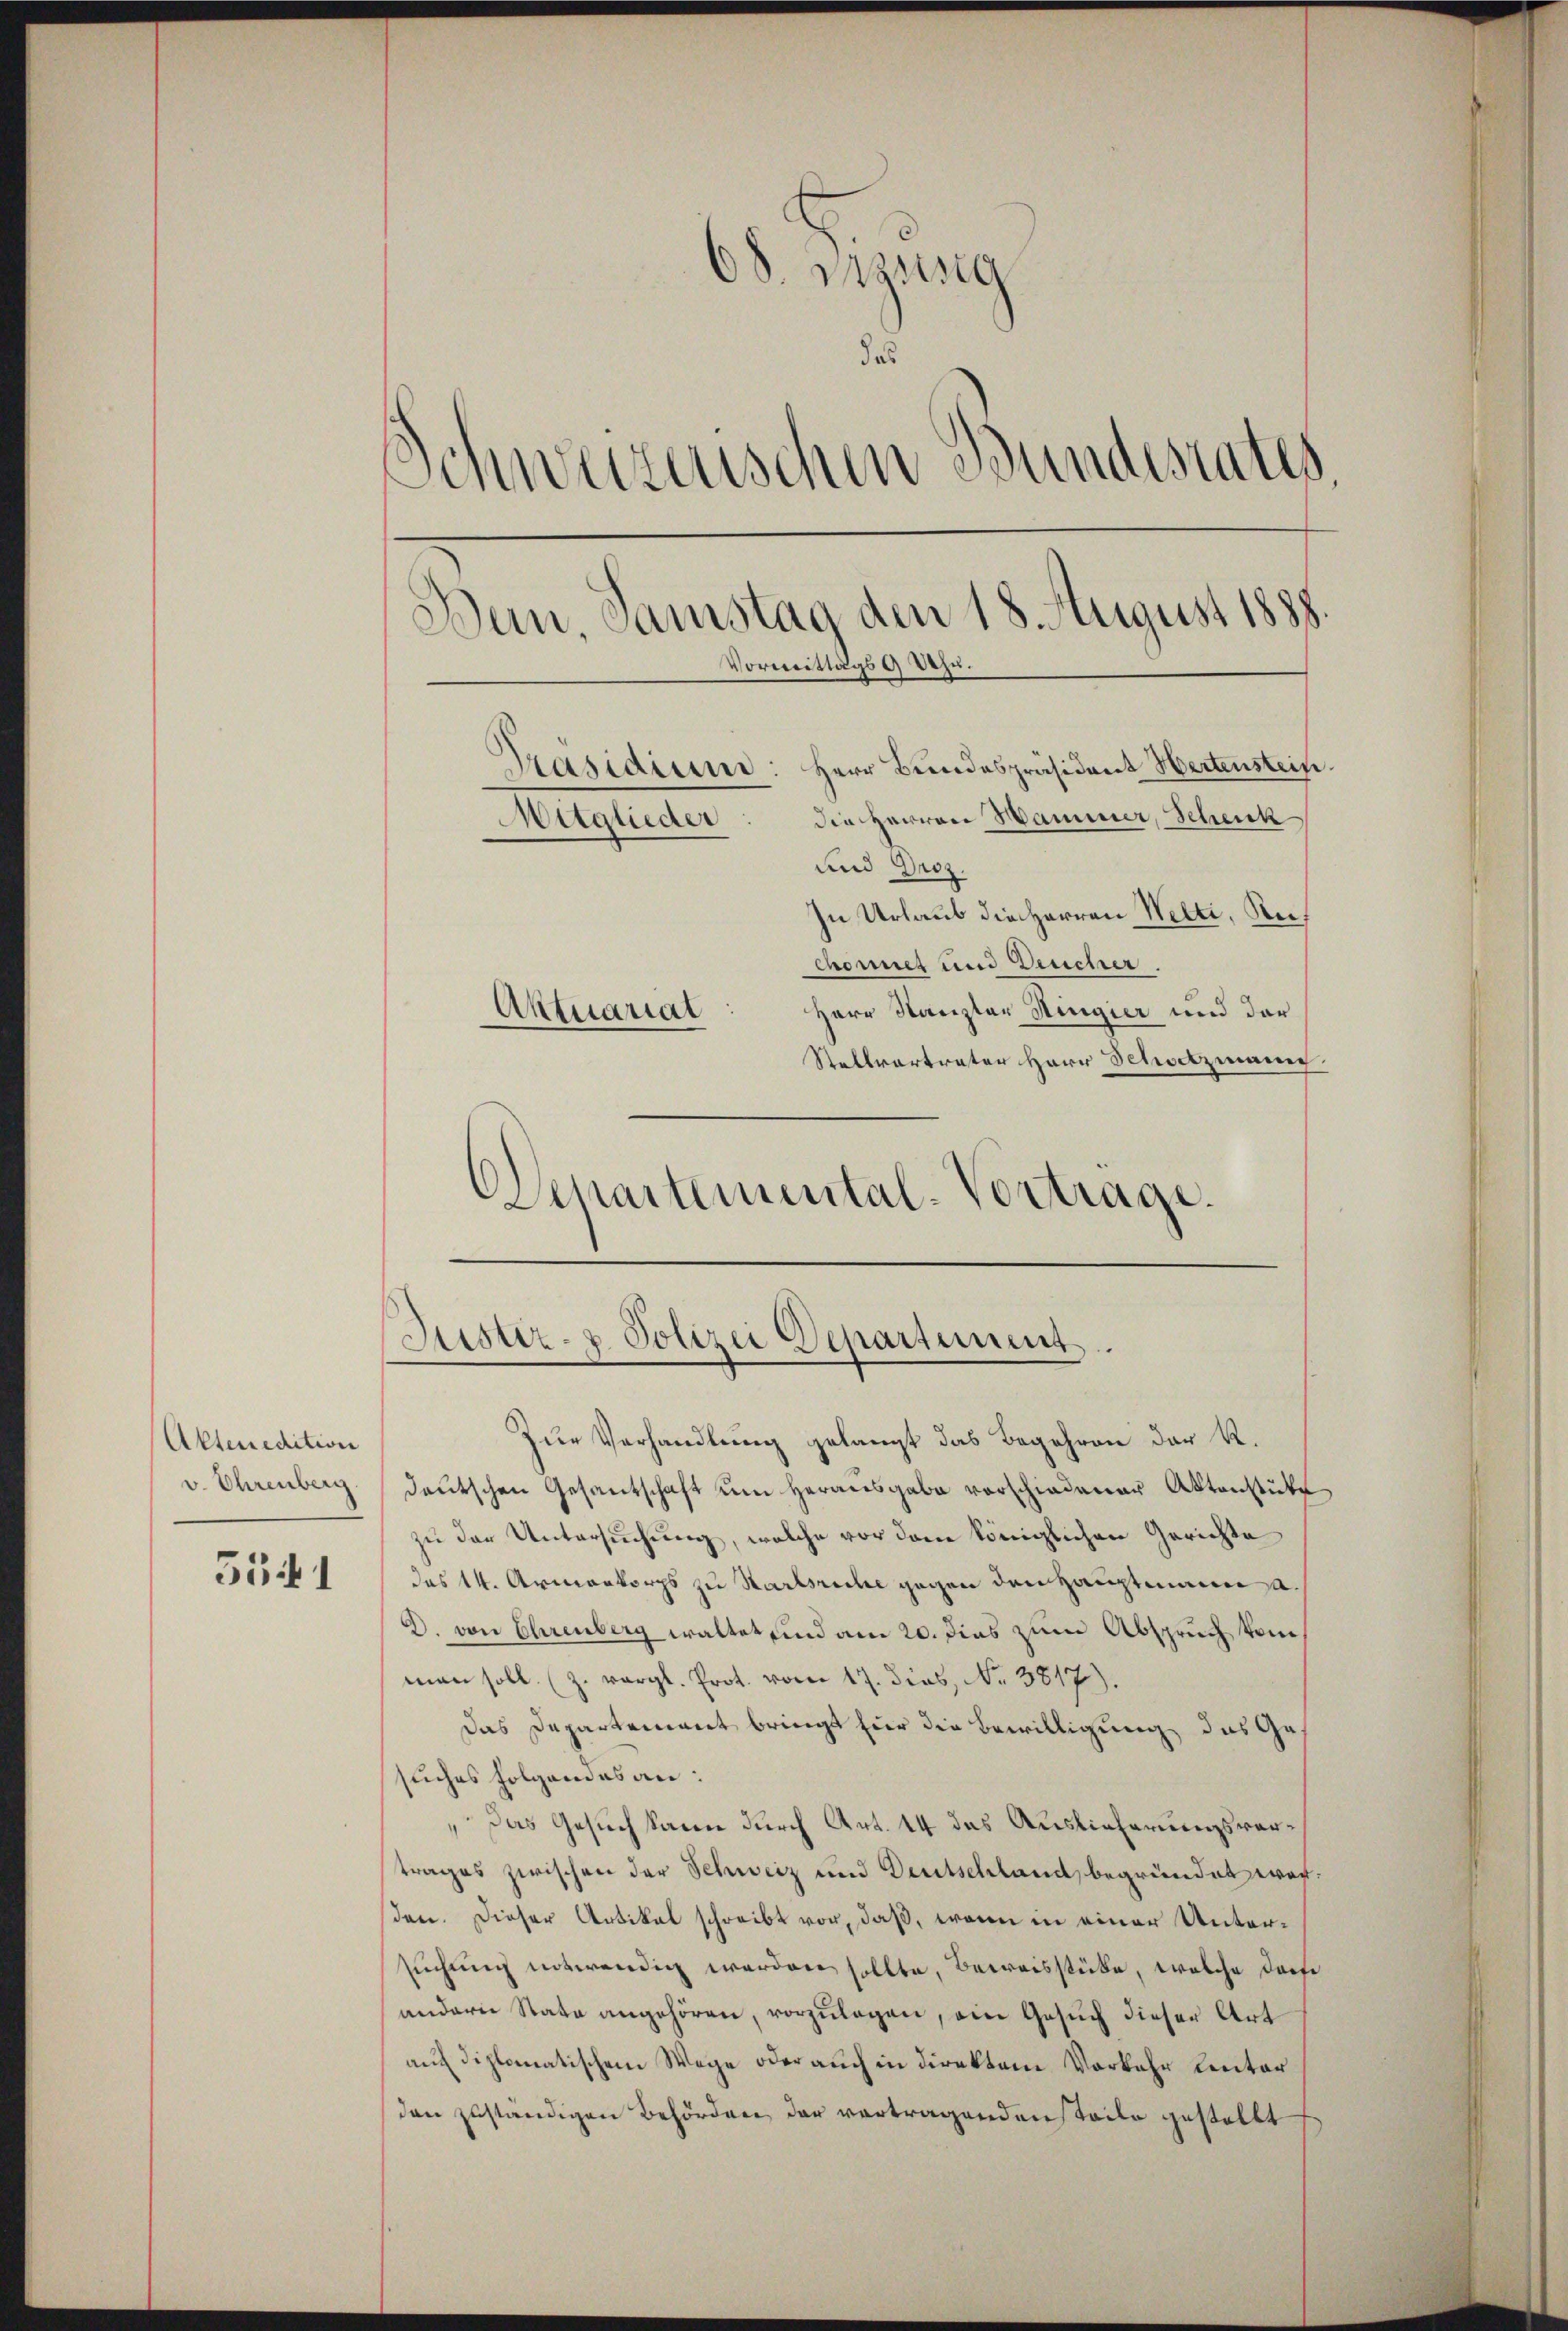
Aktenedition
v. Ehrenberg.

551

s
38. Inzwisig
das
Schwerenischen Bundesrates
Vormittags 9 Dezu.
Herr Bundespräsident Hertenstein.
Präsidium
die Herren Hammer, Scheick
Muglieder
und Droz.
In Urlaub die Herren Welti, Rechonet und Deucher
Herr Kanzler Ringier und der
Aktuariat

Stellvertrater Herr Schutzmann.
Departemental-Vortrage.

Dan, Samstag den 18. August 1888.

Justiz- & Polizei Departement.

Zur Verhandlung gelangt das Begehren der K.
deutschen Gesantschaft um Herausgabe vorschiedener Aktenstüke
zu der Untersuchung, welche vor dem königlichen Gerichte
das 14. Armenkorps zu Startsreche gegen den Hauptmann a.
D. von Ehrenberg waltet sind am 20. dies zum Abspruch komman soll. (Z. vergl. Prot. vom 17. dies, Nr. 3817)
Das Departement bringt hier die Bewilligung das Ge
suches folgendes an:
 Das Gesuch kann durch Art. 44 das Auslieferungsvertrages zwischen der Schweiz und Deutschland, begründet worden. Dieser Artikal schreibt vor, daß, wenn in einer Untersuchung entwendig werden sollte, Beweisstücke, welche dasse
andern Rate angehören, vorzŭlagen, ein Gesŭch dieser Art
auf diplomatischem Wege oder auch in direktem Vorkehr Leuter
den zuständigen Behörden der vertragenden steile gestellt